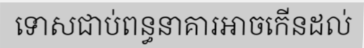
ទោសជាប់ពន្ធនាគារអាចកើនដល់